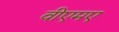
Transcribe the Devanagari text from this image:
वीएमए